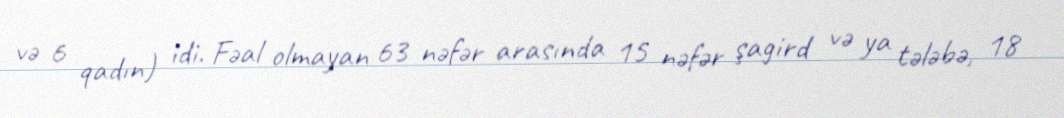
və 6 qadın) idi. Fəal olmayan 63 nəfər arasında 15 nəfər şagird və ya tələbə, 18